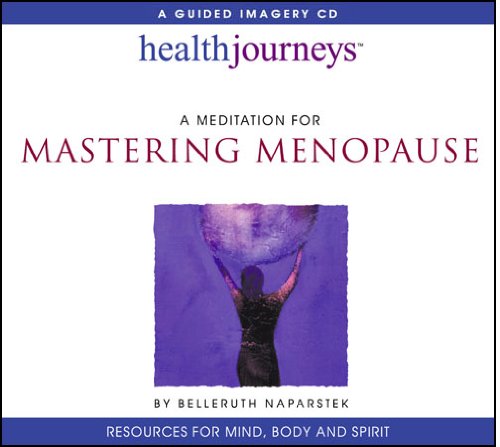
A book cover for A Meditation for Mastering Menopause (Health Journeys); Belleruth Naparstek; Health, Fitness & Dieting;